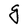
Character: g